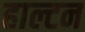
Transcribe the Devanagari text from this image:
हाल्टन